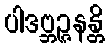
ပါဒဗ္ဘဉ္ဇနန္တိ